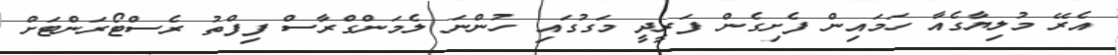
އެރޭ މުލިޔާގެއާ ހަމައިން ފެށިގެން ފަރީދީ މަގުގައި ހުންނަ ލެމަންގްރާސް ފިފްތު ރެސްޓޯރަންޓަށް